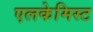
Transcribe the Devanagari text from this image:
एलकेमिस्ट